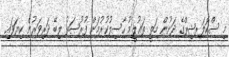
މި ސްކޮލަރޝިޕްގެ ދަށުން މަތީ ތަޢުލީމު ހާސިލުކުރުމަށް ފުރުޞަތު ލިބޭ ދަރިވަރުން ކިޔަވައި